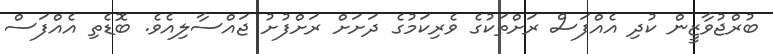
ބުރްޖުވާޒީން ކުދި އެއްފަސް ރަށްތަކުގެ ވެރިކަމުގެ ދަށަށް ރަށްފުށު ޖައްސާލިއެވެ. ބޮޑެތި އެއްފަސް